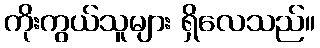
ကိုးကွယ်သူများ ရှိလေသည်။